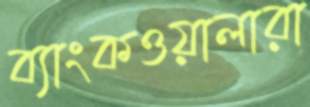
ব্যাংকওয়ালারা